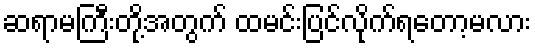
ဆရာမကြီးတို့အတွက် ထမင်းပြင်လိုက်ရတော့မလား